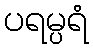
ပရမ္ပရံ